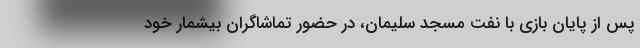
پس از پایان بازی با نفت مسجد سلیمان، در حضور تماشاگران بیشمار خود